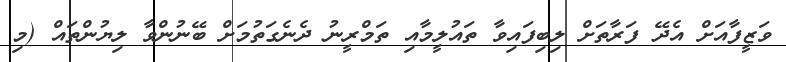
ވަޒީފާއަށް އެދޭ ފަރާތަށް ލިބިފައިވާ ތައުލީމާއި ތަމްރީނު ދެނެގަތުމަށް ބޭނުންވާ ލިޔުންތައް (މި